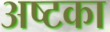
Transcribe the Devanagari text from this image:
अष्टका